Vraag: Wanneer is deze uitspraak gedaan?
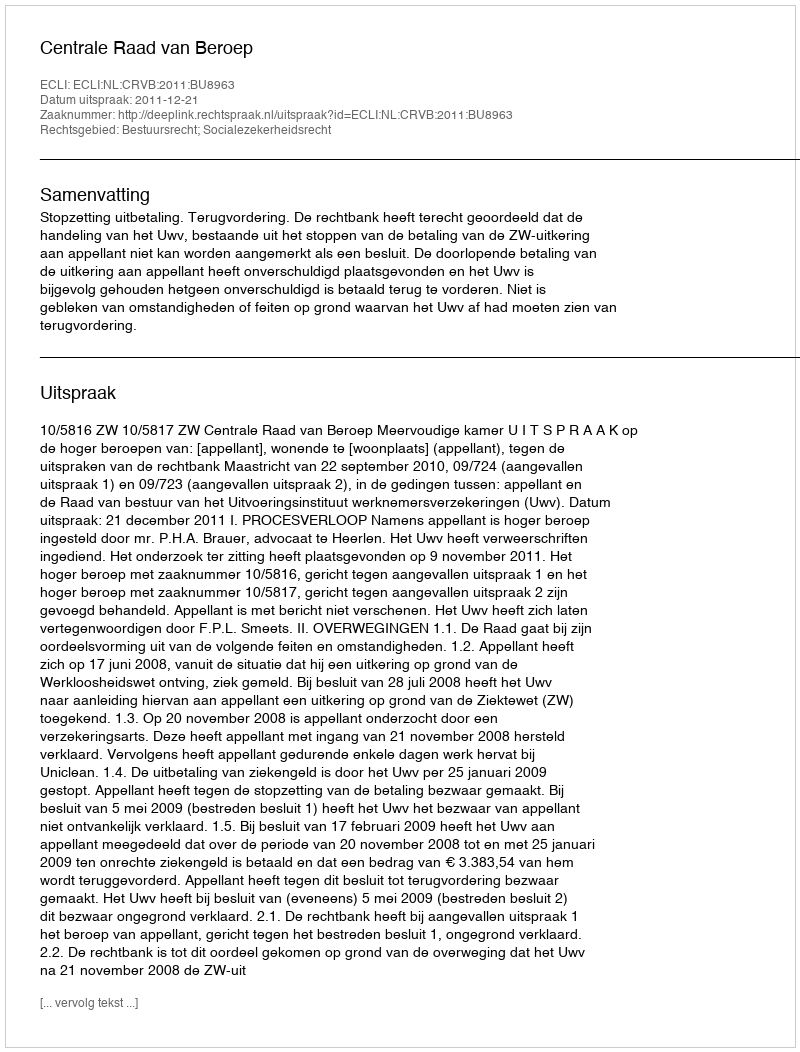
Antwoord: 2011-12-21